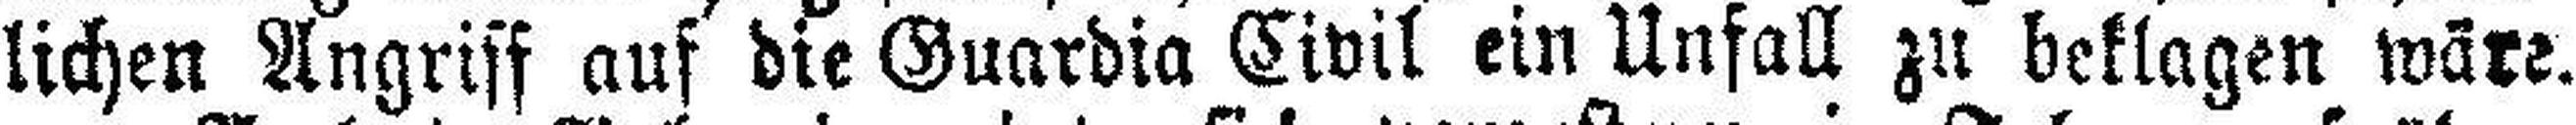
lichen Angriff auf die Guardia Civil ein Unfall zu beklagen wäre.